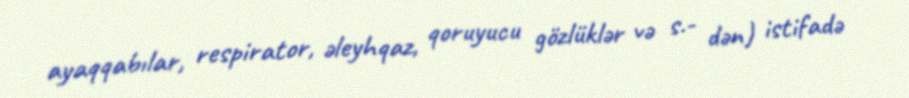
ayaqqabılar, respirator, əleyhqaz, qoruyucu gözlüklər və s.- dən) istifadə